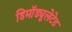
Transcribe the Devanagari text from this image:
डिमॉड्यूलेटेड